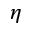
\eta